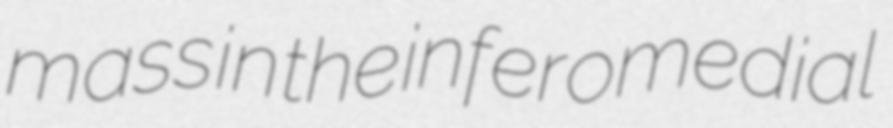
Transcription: mass in the inferomedial